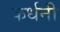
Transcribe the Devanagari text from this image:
कर्धनी